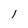
Character: l